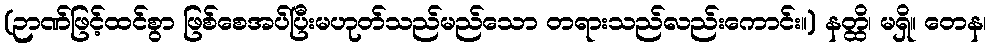
(ဉာဏ်ဖြင့်ထင်စွာ ဖြစ်စေအပ်ပြီးမဟုတ်သည်မည်သော တရားသည်လည်းကောင်း။) နတ္ထိ၊ မရှိ။ တေန၊